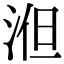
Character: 𣵤